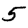
Digit: 5